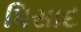
પિસાદ